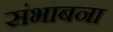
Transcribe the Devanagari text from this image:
संभाबना